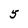
Character: 5